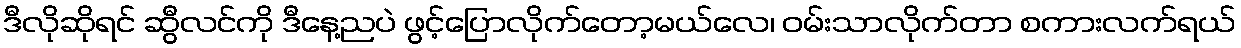
ဒီလိုဆိုရင် ဆွီလင်ကို ဒီနေ့ညပဲ ဖွင့်ပြောလိုက်တော့မယ်လေ၊ ဝမ်းသာလိုက်တာ စကားလက်ရယ်